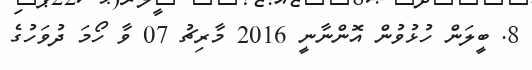
8. ބީލަން ހުޅުވުން އޮންނާނީ 2016 މާރިޗު 07 ވާ ހޯމަ ދުވަހުގެ